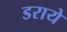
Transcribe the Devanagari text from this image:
डराये